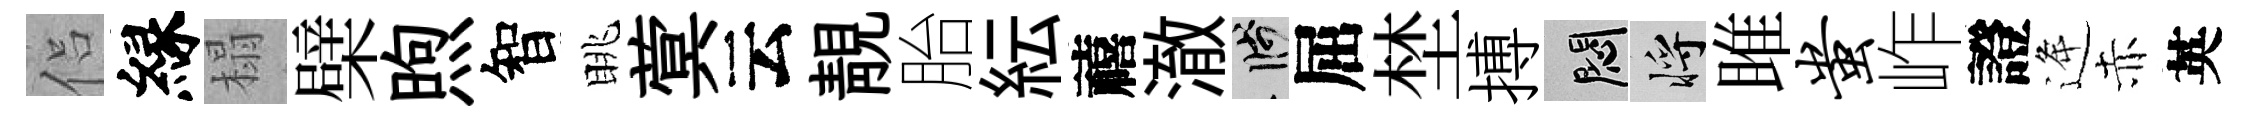
侣縁榻檗煦智眺蓂云靚胎紜禧澈箋屈埜搏悶將雎蚩岞證逄赤英